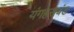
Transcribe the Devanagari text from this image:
यंगहसबंड